Medical and sanitary report of the native army of Madras for the year
Year: 1872
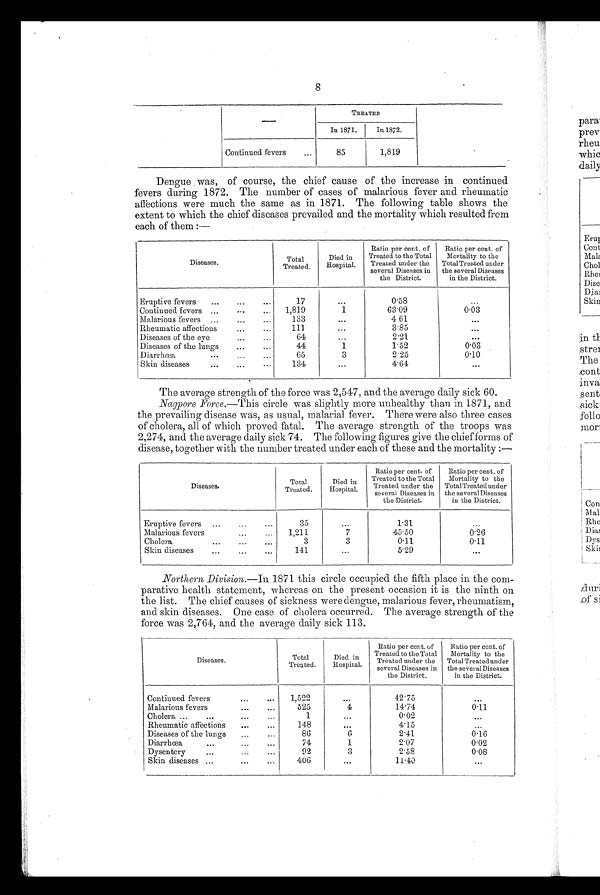
8
TREATED
In 1871.
In 1872.
Continued fevers
...
85
1,819
Dengue was, of course, the chief cause of the increase in continued
fevers during 1872. The number of cases of malarious fever and rheumatic
affections were much the same as in 1871. The following table shows the
extent to which the chief diseases prevailed and the mortality which resulted from
each of them :—
Diseases.
Total
Treated.
Died in
Hospital.
Ratio per cent. of
Treated to the Total
Treated under the
several Diseases in
the District.
Ratio per cent. of
Mortality to the
Total Treated under
the several Diseases
in the District.
Eruptive fevers
......
...
17
...
0.58
. . .
Continued fevers ...
...
...
1,819
1
63.09
0.03
Malarious fevers
......
...
133
...
4.61
...
..
...
Rheumatic affections...
1 1 1
...
3.85
...
Diseases of the eye... 0...
...
6 4
...
2.21
...
Diseases of the lungs...
...
4 4
1
1.52
0.03
Diarrhoea
.•.
...
...
65
3
2. 25
0.10
...
...
•...
Skin diseases...
1 3 4
...
4.64
...
The average strength of the force was 2,547, and the average daily sick 60.
Nagpore Force.—This circle was slightly more unhealthy than in 1871, and
the prevailing disease was, as usual, malarial fever. There were also three cases
of cholera, all of which proved fatal. The average strength of the troops was
2,274, and the average daily sick 74. The following figures give the chief forms of
disease, together with the number treated under each of these and the mortality :—
Diseases.
Total
Treated.
Died i n
Hospital.
Ratio per cent. of
Treated to the Total
Treated under the
several Diseases in
the District.
Ratio per cent. of
Mortality to the
TotalTreatedunder
the several Diseases
in the District.
Eruptive fevers
...
...
. . .
3
. . .
1.31
. . .
Malarious fevers
...
...
1,211
7
45.50
0.26
Cholera
...
...
...
3
3
0.11
0.11
Skin diseases...
.
...
141
...
5.29
...
Northern, Division .—In 1871 this circle occupied the fifth place in the com-
parative health statement, whereas on the present occasion it is the ninth on
the list. The chief causes of sickness were dengue, malarious fever, rheumatism,
and skin diseases. One case of cholera occurred. The average strength of the
force was 2,764, and the average daily sick 113.
Diseases.
Total
Treated.
Died in i
Hospital,
Ratio per cent. of
Treated to the Total
Treated under the
several Diseases in
the District.
Ratio per cent. of
Mortality to the
Total Treated under
the several Diseases
in the District.
Continued fevers... ...
1,522
...
42.75
...
Malarious fevers
...
...
525
4
14.74
0.11
Cholera ...
....
...
1
...
0.02
...
Rheumatic affections
...
...
148
. . .
4.15
...
Diseases of the lungs
......
86
6
2.41
0.16
Diarrhœa...
...
...
74
1
2.07
0.02
Dysentery
...
...
92
3
2.58
0.08
Skin diseases...
...
4 0 6
...
11.40
...